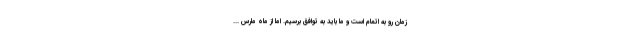
زمان رو به اتمام است و ما باید به توافق برسیم. اما از ماه مارس ...